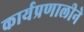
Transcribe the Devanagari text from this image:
कार्यप्रणालीने